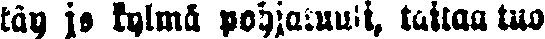
käy jo kylmä pohjatuuli, taitaa tuo